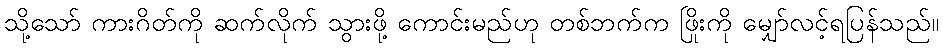
သို့သော် ကားဂိတ်ကို ဆက်လိုက် သွားဖို့ ကောင်းမည်ဟု တစ်ဘက်က ဖြိုးကို မျှော်လင့်ရပြန်သည်။